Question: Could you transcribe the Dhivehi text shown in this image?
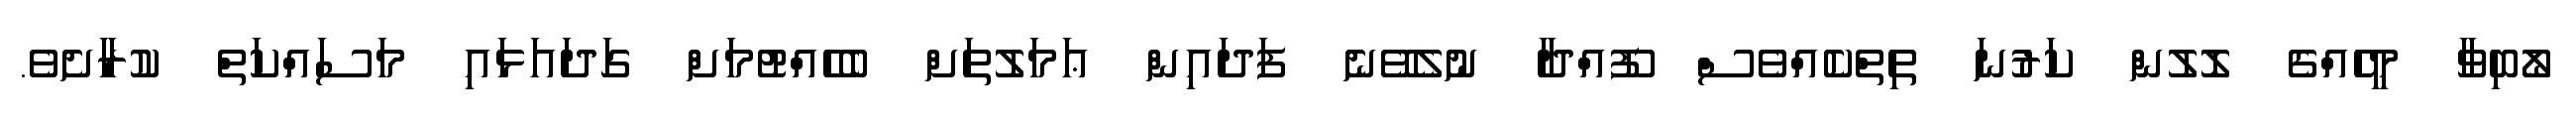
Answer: ލޯބިވާ މީހެއްގެ ލޮލުން ކަރުނަ ތިތްކެއްވެސް ފޫއްދާ ނުލެވޭނެ ފަދައިން ޢަމަލުތަށް ބެހެއްޓުމަށް ގަދައަޅައި މަސައްކަތް ކުރާށެވެ.